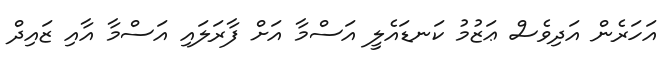
އަހަރެން އަދިވެސް ޢަޒުމު ކަނޑައެލީ އަސްމާ އަށް ފާރަލައި އަސްމާ އާއި ޒައިދް